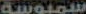
سمبوسة